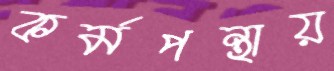
কর্মপন্থায়